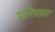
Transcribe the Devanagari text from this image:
पानिपतवर